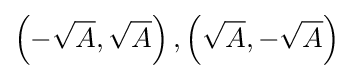
\left(-{\sqrt {A}},{\sqrt {A}}\right),\left({\sqrt {A}},-{\sqrt {A}}\right)\;